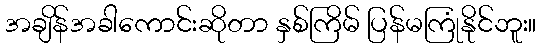
အချိန်အခါကောင်းဆိုတာ နှစ်ကြိမ် ပြန်မကြုံနိုင်ဘူး။